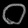
Digit: ၀